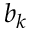
b _ { k }